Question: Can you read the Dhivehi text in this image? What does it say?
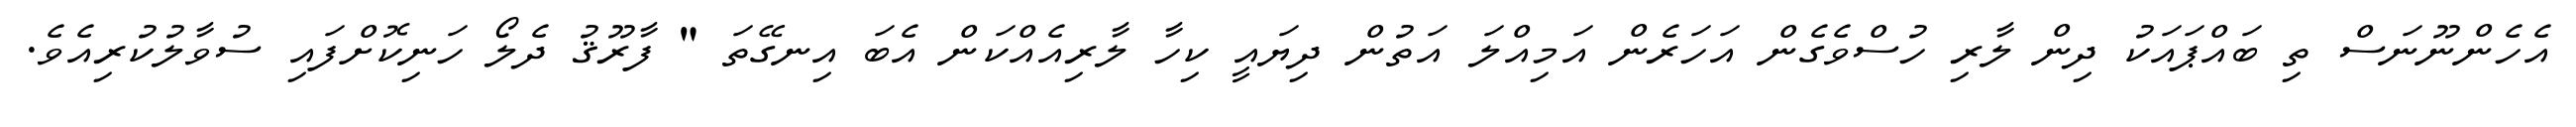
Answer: އެހެންނޫނަސް ތި ބައްޕައަކު ދިން ލާރި ހުސްވެގެން އަހަރެން އަމިއްލަ އަތުން ދިޔައީ ކިހާ ލާރިއެއްކަން އެބަ އިނގޭތަ " ފާރޫޤު ދެލޯ ހަނިކޮށްފައި ސުވާލުކުރިއެވެ.